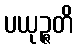
ပယုဉ္ဇတိ